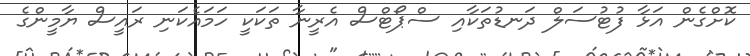
ކޮށްގެން އަޅާ ފުޓުސަލް ދަނޑުތަކާއި ސްޕޯޓްސް އެރީނާ ތަކަކީ ހަމައެކަނި ރައީސް ޔާމީންގެ